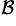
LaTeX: ^\mathcal{B}